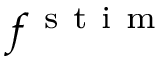
f ^ { \mathrm { ~ s ~ t ~ i ~ m ~ } }